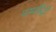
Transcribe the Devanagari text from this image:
परमसिद्धों